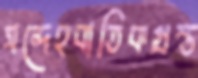
সন্দেহবাতিকগ্রস্ত